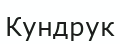
Кундрук